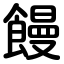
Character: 饅